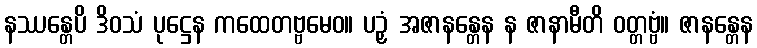
နဿန္တေပိ ဒိဝသံ ပုဋ္ဌေန ကထေတဗ္ဗမေဝ။ ပဉှံ အဇာနန္တေန န ဇာနာမီတိ ဝတ္တဗ္ဗံ။ ဇာနန္တေန